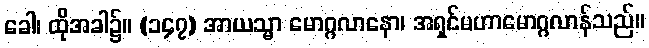
ခေါ၊ ထိုအခါ၌။ (၁၄၇) အာယသ္မာ မောဂ္ဂလာနော၊ အရှင်မဟာမောဂ္ဂလာန်သည်။